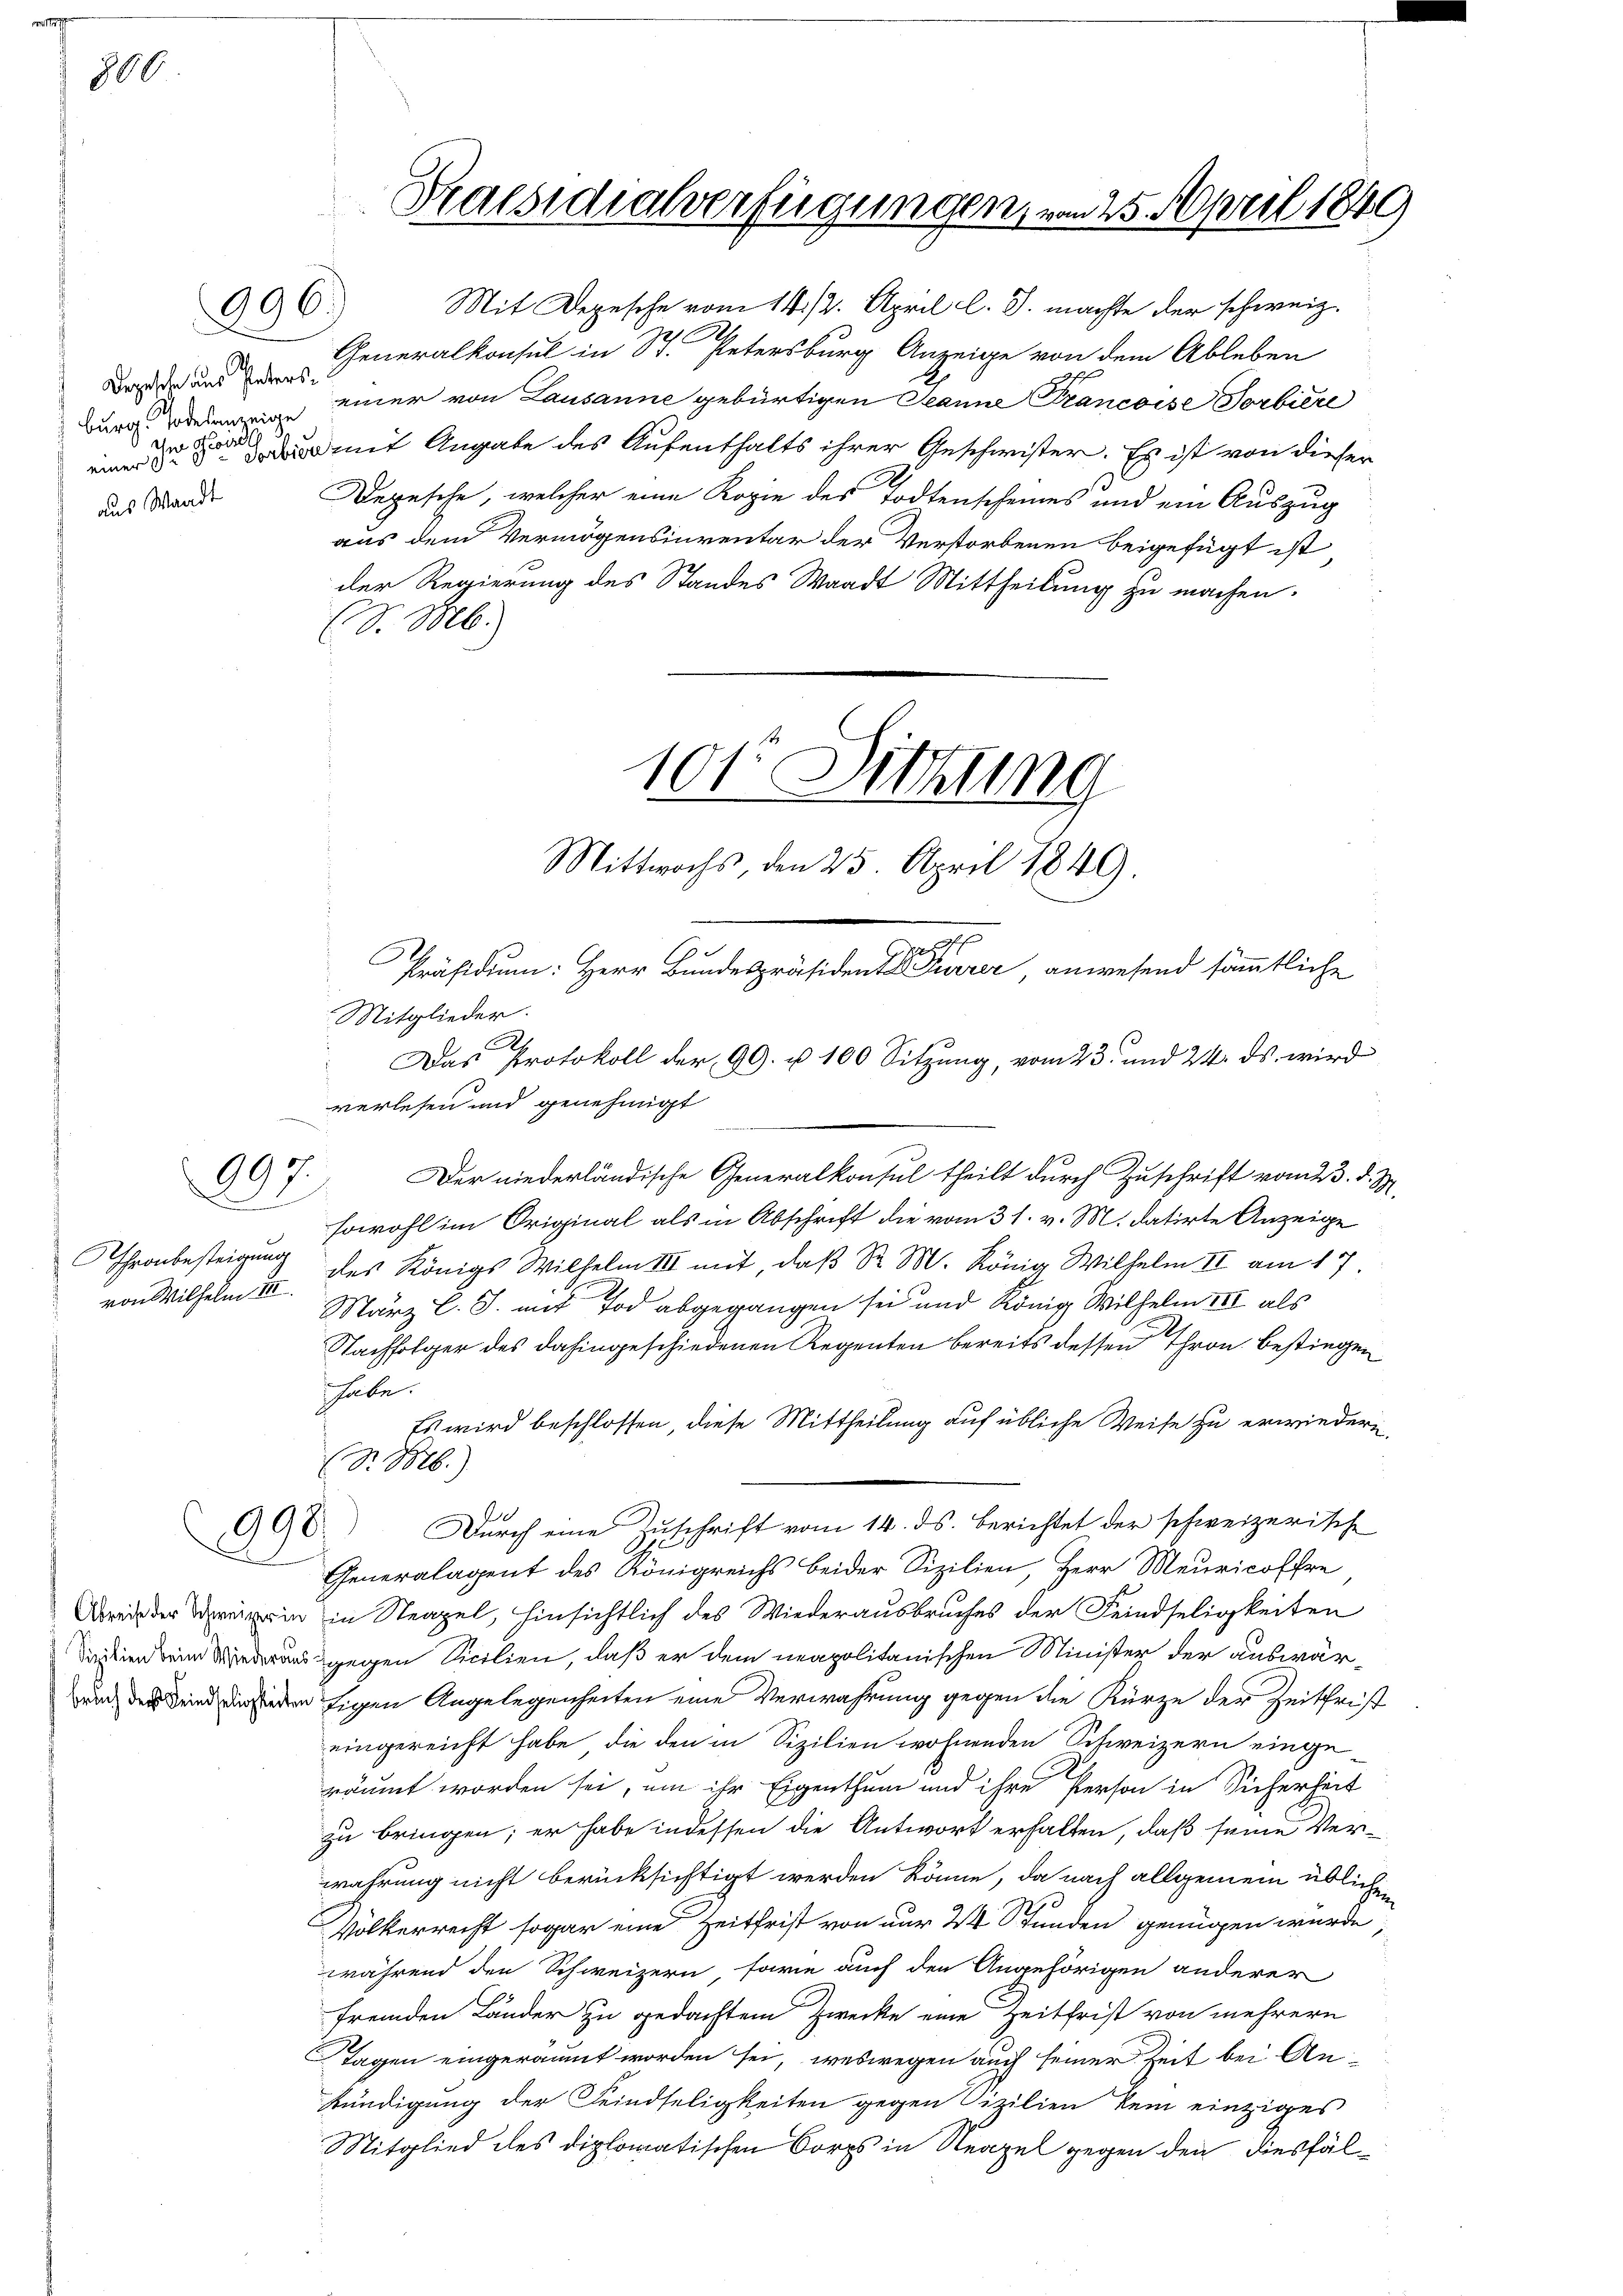
800

Depesche aus Petersburg Todesanzeige
Ihm Gewerde
aus Waadt

996.)

097.

22
von Wilhelm II

Mit Depesche vom 14./2. April l. J. machte der schweiz.
.
Generalkonsul in St. Petersburg Anzeige von dem Ableben
einer von Lausanne gebürtigen Jeanne Francoise Vorbiere
einer mit Angabe des Aufenthalts ihrer Geschwister. Es ist von dieser
A
Depesche, welcher eine Kopie des Todtenscheines und ein Auszug
aus dem Vermögensinventar der Verstorbenen beigefügt ist
der Regierung des Standes Waadt Mittheilung zu machen.
(S. M.

Mitglieder.
Al
verlesen und genehmigt
Der niederländische Generalkonsul theilt durch Zuschrift vom 23. d. M.
sowohl im Original als in Abschrift die vom 31. v. M. datirte Anzeige
Uhronbesteigung des Königs Wilhelm III mit, daß Sr. M. König Wilhelm II. am 17.
Särz l. J. mit Tod abgegangen sei und Königl. Wilhelm III als
Nachfolger des dahingeschiedenen Regenten bereits dessen Thron Bestiegen
habe.
Es wird beschlossen, diese Mittheilung auf übliche Weise zu erwiedern,
990. Durch eine Zuschrift vom 14. ds. berichtet der schweizerische
Generalagent des Königreichs beider Sizilien, Herr Meuricoffre
Drei der Dreizerin in Neapel, hinsichtlich des Wiederausbruches der Feindseligkeiten
Tantien ein Wiederausgegen Sicilien, daß er dem neapolitanischen Minister der auswär¬
und der ein der jeder Eigen Angelegenheiten eine Verwahrung gegen die Kürze der Zeitfrist
eingereicht habe, die den in Sizilien wohnenden Schweizern eingeräumt worden sei, um ihr Eigenthum und ihre Person in Sicherheit
zu bringen; er habe indessen die Antwort erhalten, daß seine Verwahrung nicht berücksichtigt werden könne, da nach allgemein übliche
Völkerrecht sogar eine Zeitfrist von nur 24 Stunden genügen wurde
während den Schweizern, sowie auch den Angehörigen anderer
fremden Länder zu gedachtem Zwecke eine Zeitfrist von mehrern
Tagen eingeräumt worden sei, weswegen auch seiner Zeit bei Ankündigung der Feindseligkeiten gegen Cizilien kein einziges
Stitglied des diplomatischen Corps in Neapel gegen den diesfäl¬

(S. B.)

Praesidialverfügungen, von 25. April 1849

101 Sitzung
Mittwochs, den 25. April 1849.

n
Präsidium: Herr Bundespräsidente Furrer, anwesend sämmtliche
Das Protokoll der 99. u 100 Sitzung, vom 23. und 24. ds. wird